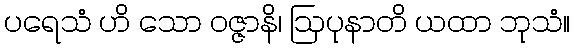
ပရေသံ ဟိ သော ဝဇ္ဇာနိ၊ ဩပုနာတိ ယထာ ဘုသံ။